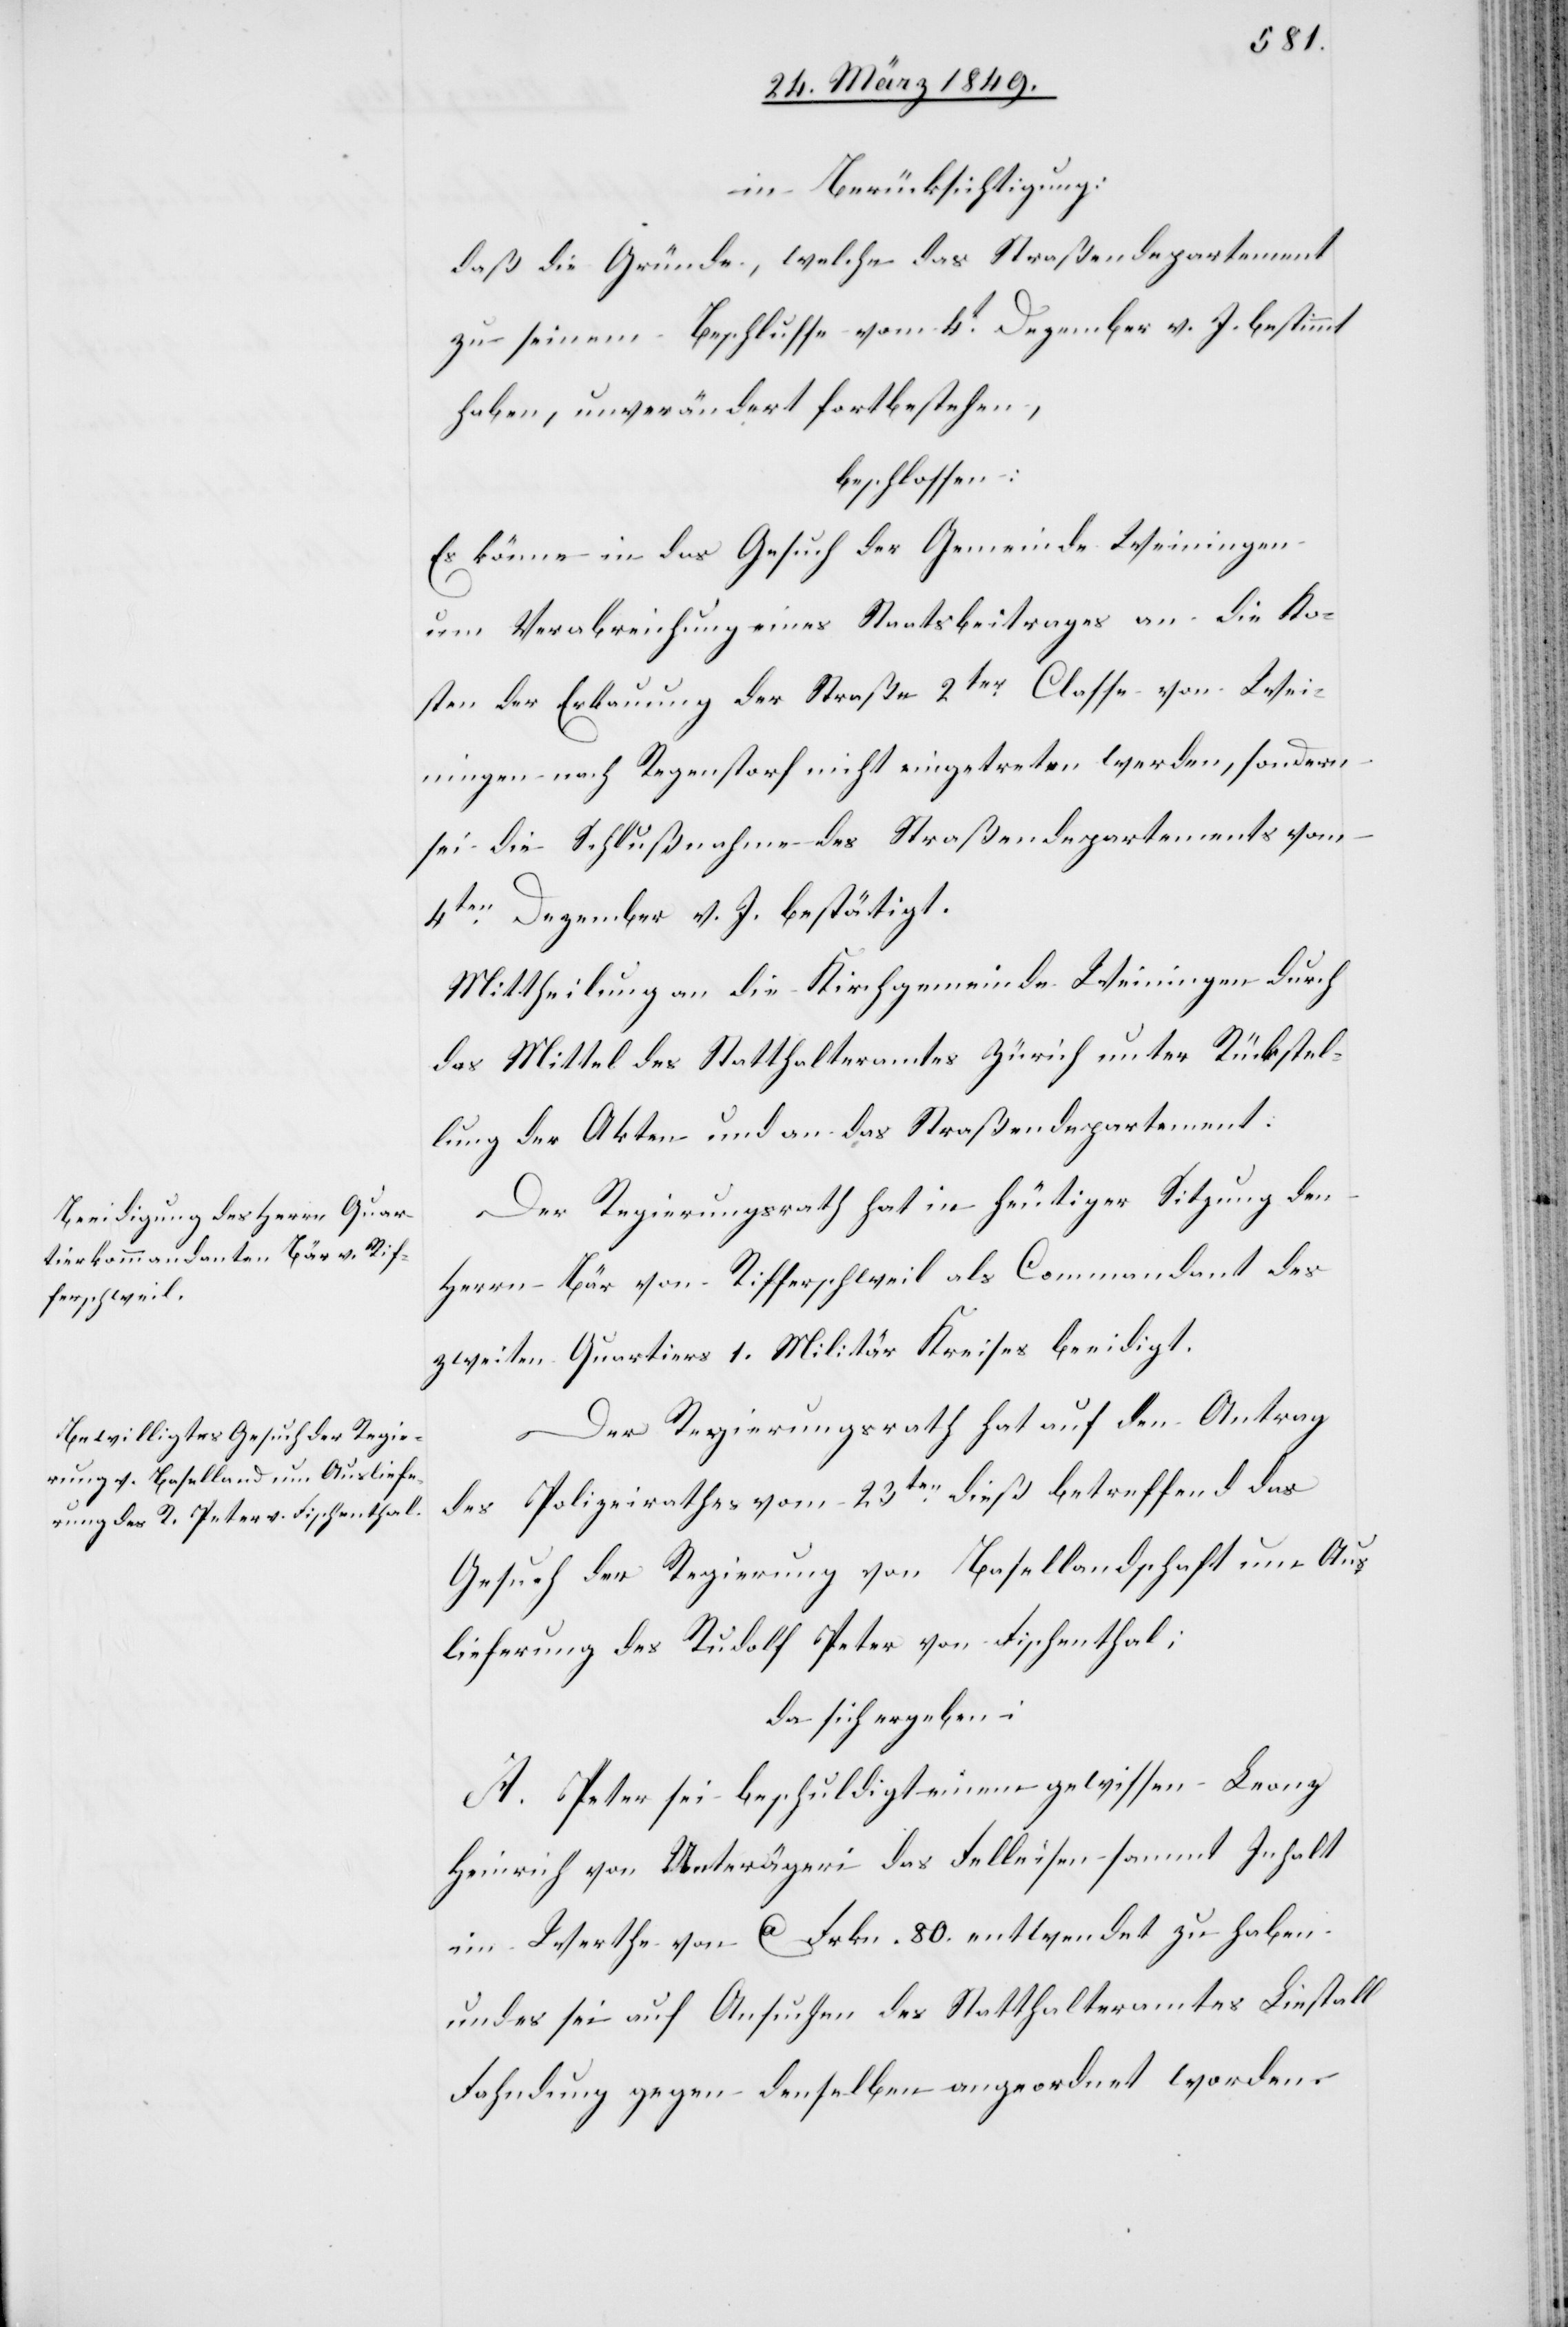
in Berücksichtigung:
daß die Gründe, welche das Straßendepartement
zu seinem Beschlusse vom 4t. Dezember v. J. bestimmt
haben, unverändert fortbestehen,
beschlossen:
Es könne in das Gesuch der Gemeinde Weiningen
um Verabreichung eines Staatsbeitrages an die Ko¬
sten der Erbauung der Straße 2ter. Classe von Wei¬
ningen nach Regenstorf nicht eingetreten werden, sondern
sei die Schlußnahme des Straßendepartements vom
4ten. Dezember v. J. bestätigt.
Mittheilung an die Kirchgemeinde Weiningen durch
das Mittel des Statthalteramtes Zürich unter Rückstel¬
lung der Akten und an das Straßendepartement:
Der Regierungsrath hat in heutiger Sitzung den
Herrn Bär von Rifferschweil als Commandant des
zweiten Quartiers 1. Militär Kreises beeidigt.
Der Regierungsrath hat auf den Antrag
des Polizeirathes vom 23ten. dieß betreffend das
Gesuch der Regierung von Basellandschaft um Aus¬
lieferung des Rudolf Peter von Fischenthal;
da sich ergeben:
A. Peter sei beschuldigt einem gewissen Leonz
Heinrich von Unterägeri das Felleisen sammt Inhalt
im Werthe von ca Frkn. 80. entwendet zu haben
und es sei auf Ansuchen des Statthalteramtes Liestall
Fahndung gegen denselben angeordnet worden.